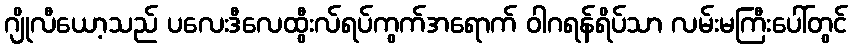
ဂျိုလီယော့သည် ပလေးဒီလေထွီးလ်ရပ်ကွက်အရောက် ဝါဂရန်ရိပ်သာ လမ်းမကြီးပေါ်တွင်